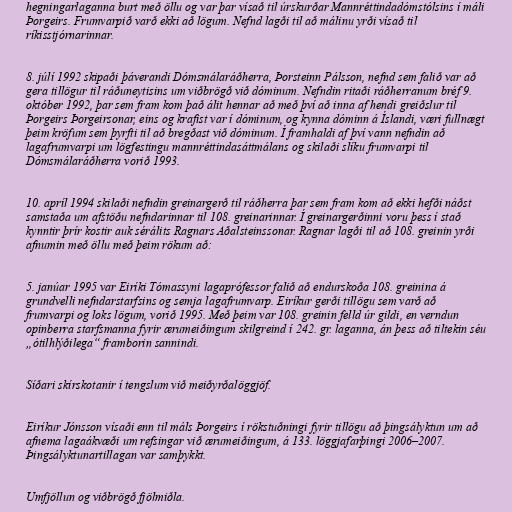
hegningarlaganna burt með öllu og var þar vísað til úrskurðar Mannréttindadómstólsins í máli
Þorgeirs. Frumvarpið varð ekki að lögum. Nefnd lagði til að málinu yrði vísað til
ríkisstjórnarinnar.

8. júlí 1992 skipaði þáverandi Dómsmálaráðherra, Þorsteinn Pálsson, nefnd sem falið var að
gera tillögur til ráðuneytisins um viðbrögð við dóminum. Nefndin ritaði ráðherranum bréf 9.
október 1992, þar sem fram kom það álit hennar að með því að inna af hendi greiðslur til
Þorgeirs Þorgeirsonar, eins og krafist var í dóminum, og kynna dóminn á Íslandi, væri fullnægt
þeim kröfum sem þyrfti til að bregðast við dóminum. Í framhaldi af því vann nefndin að
lagafrumvarpi um lögfestingu mannréttindasáttmálans og skilaði slíku frumvarpi til
Dómsmálaráðherra vorið 1993.

10. apríl 1994 skilaði nefndin greinargerð til ráðherra þar sem fram kom að ekki hefði náðst
samstaða um afstöðu nefndarinnar til 108. greinarinnar. Í greinargerðinni voru þess í stað
kynntir þrír kostir auk sérálits Ragnars Aðalsteinssonar. Ragnar lagði til að 108. greinin yrði
afnumin með öllu með þeim rökum að:

5. janúar 1995 var Eiríki Tómassyni lagaprófessor falið að endurskoða 108. greinina á
grundvelli nefndarstarfsins og semja lagafrumvarp. Eiríkur gerði tillögu sem varð að
frumvarpi og loks lögum, vorið 1995. Með þeim var 108. greinin felld úr gildi, en verndun
opinberra starfsmanna fyrir ærumeiðingum skilgreind í 242. gr. laganna, án þess að tiltekin séu
„ótilhlýðilega“ framborin sannindi.

Síðari skírskotanir í tengslum við meiðyrðalöggjöf.

Eiríkur Jónsson vísaði enn til máls Þorgeirs í rökstuðningi fyrir tillögu að þingsályktun um að
afnema lagaákvæði um refsingar við ærumeiðingum, á 133. löggjafarþingi 2006–2007.
Þingsályktunartillagan var samþykkt.

Umfjöllun og viðbrögð fjölmiðla.